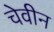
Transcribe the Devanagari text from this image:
चेवीन